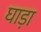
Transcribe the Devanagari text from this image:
घाड़ा